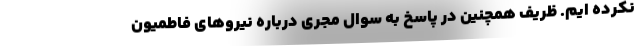
نکرده ایم. ظریف همچنین در پاسخ به سوال مجری درباره نیروهای فاطمیون